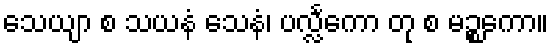
သေယျာ စ သယနံ သေနံ၊ ပလ္လင်္ကော တု စ မဉ္စကော။